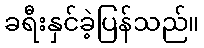
ခရီးနှင်ခဲ့ပြန်သည်။